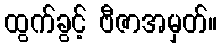
ထွက်ခွင့် ဗီဇာအမှတ်။